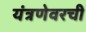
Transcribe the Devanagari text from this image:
यंत्रणेवरची